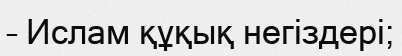
– Ислам құқық негіздері;